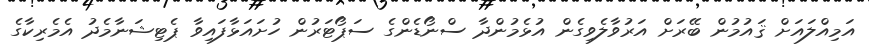
އަމިއްލައަށް ޤައުމުން ބޭރަށް އަރުވާލެވިގެން އުޅެމުންދާ ސްނޯޑެންގެ ސަޕޯޓަރުން ހުށައަޅާފައިވާ ޕެޓިޝަނާމެދު އެމެރިކާގެ